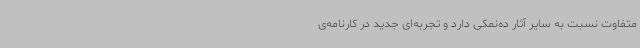
متفاوت نسبت به سایر آثار ده‌نمکی دارد و تجربه‌ای جدید در کارنامه‌ی